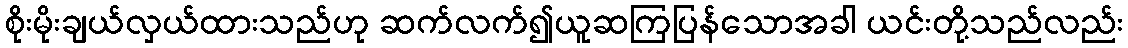
စိုးမိုးချယ်လှယ်ထားသည်ဟု ဆက်လက်၍ယူဆကြပြန်သောအခါ ယင်းတို့သည်လည်း